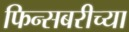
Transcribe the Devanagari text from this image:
फिन्सबरीच्या